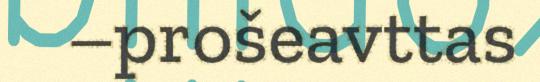
–prošeavttas